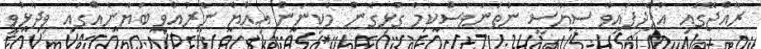
ރާއްޖޭގައި އުފެދިފައިވާ ސިޔާސީ ނުތަނަވަސްކަމާ ގުޅިގެން މެކިނަން އިއްޔެ ނެރުއްވި ބަޔާނެއްގައި ވިދާޅުވީ